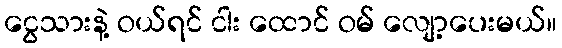
ငွေသားနဲ့ ဝယ်ရင် ငါး ထောင် ဝမ် လျော့ပေးမယ်။